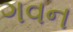
ગવન